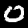
Digit: 0